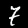
Digit: 7